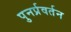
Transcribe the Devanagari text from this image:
पुनर्प्रवर्तन